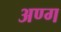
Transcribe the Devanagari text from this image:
अण्ग